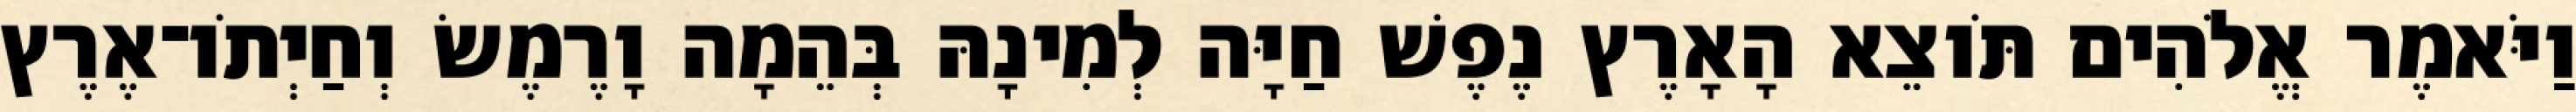
וַיֹּאמֶר אֱלֹהִים תֹּוצֵא הָאָרֶץ נֶפֶשׁ חַיָּה לְמִינָהּ בְּהֵמָה וָרֶמֶשׂ וְחַיְתֹו־אֶרֶץ